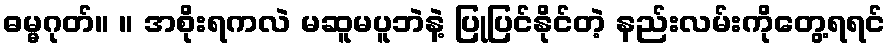
ဓမ္မဂုတ်။ ။ အစိုးရကလဲ မဆူမပူဘဲနဲ့ ပြုပြင်နိုင်တဲ့ နည်းလမ်းကိုတွေ့ရရင်